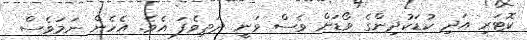
ކޮޓަރި އަދި ކުޑަކުދިންގެ ވޯޑަށް ވެސް ވަނީ ދަތިވެފަ އެވެ. އެހެން ނަމަވެސް